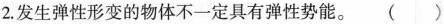
2.发生弹性形变的物体不一-定具有弹性势能。 （ ）